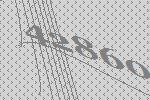
42860